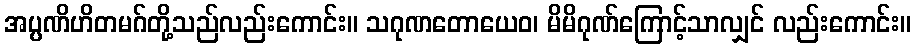
အပ္ပဏိဟိတမဂ်တို့သည်လည်းကောင်း။ သဂုဏတောယေဝ၊ မိမိဂုဏ်ကြောင့်သာလျှင် လည်းကောင်း။